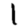
Digit: 1